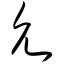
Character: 允